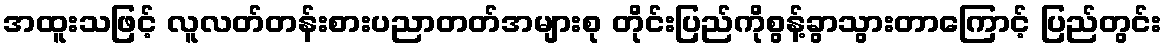
အထူးသဖြင့် လူလတ်တန်းစားပညာတတ်အများစု တိုင်းပြည်ကိုစွန့်ခွာသွားတာကြောင့် ပြည်တွင်း